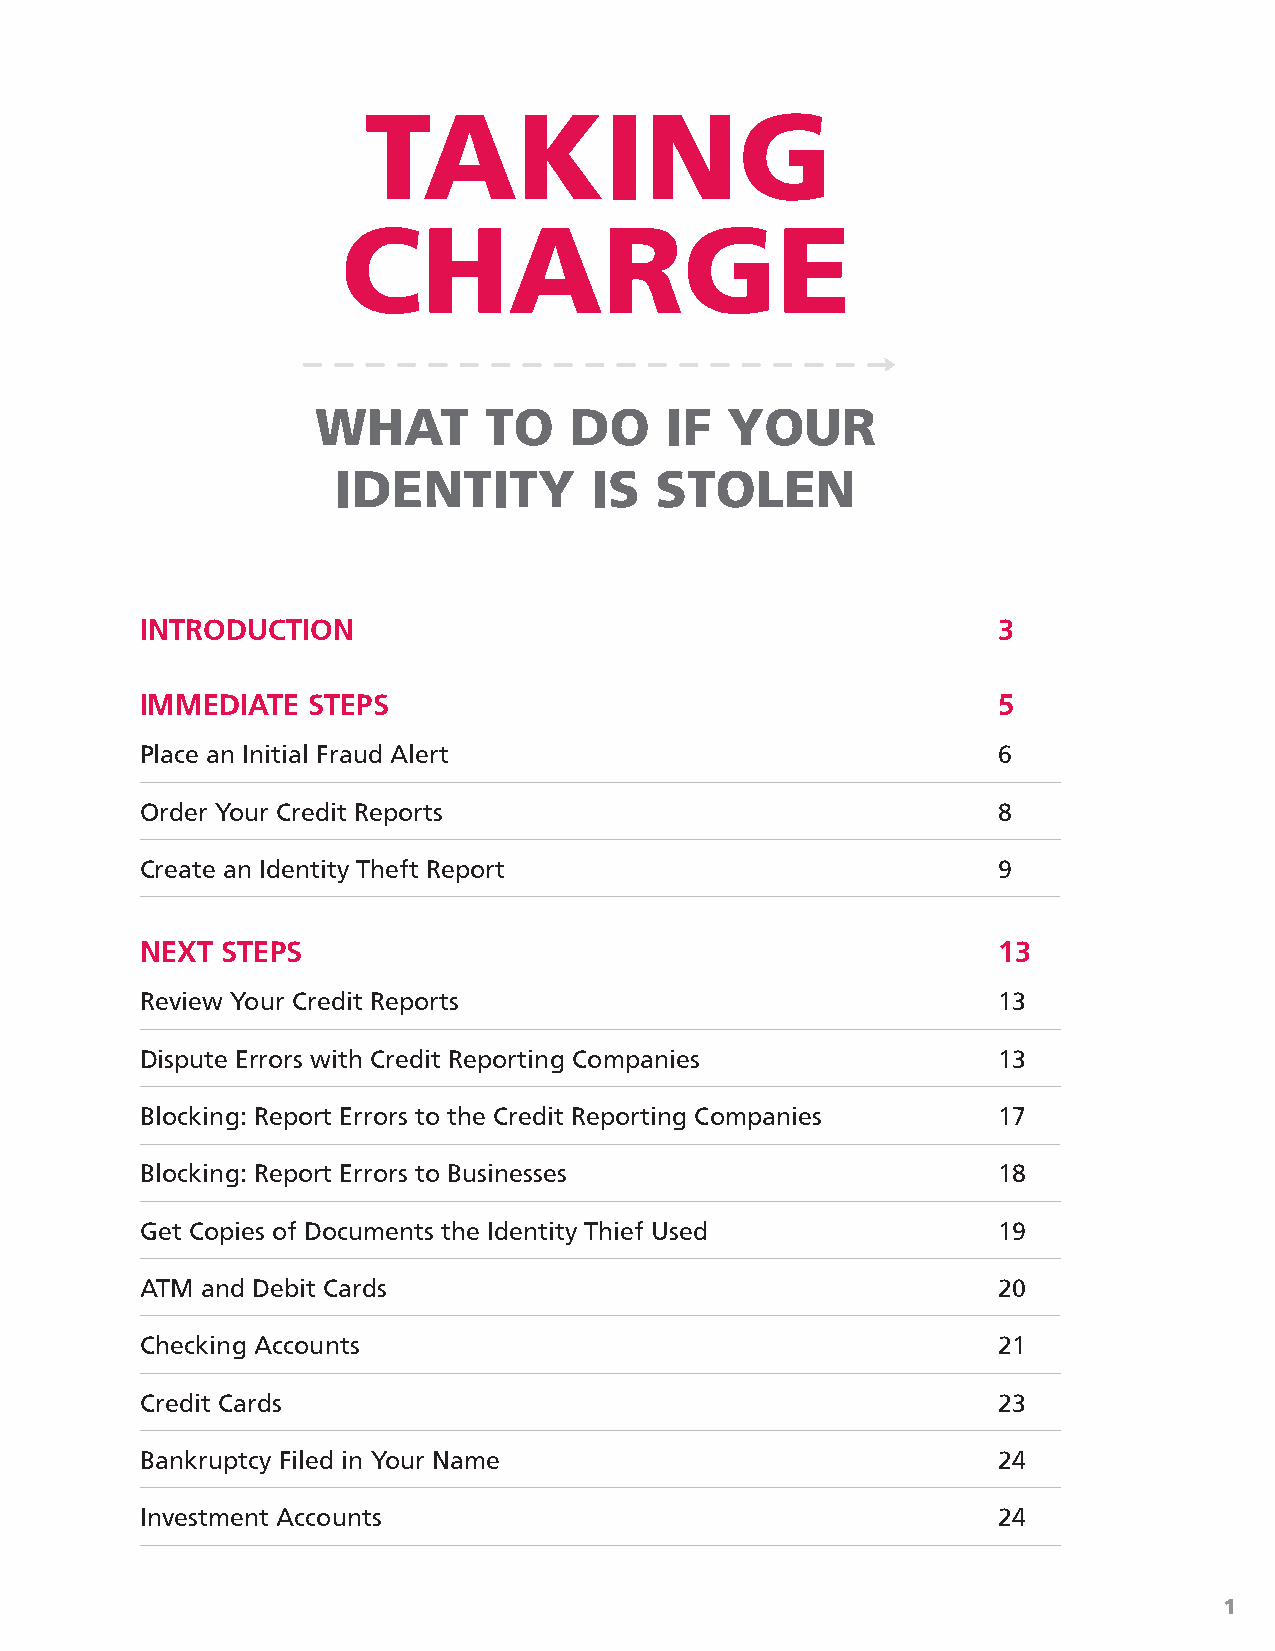
INTRODUCTION                                             3
 IMMEDIATE  STEPS                                         5
 Place an Initial Fraud Alert                             6
 Order Your Credit Reports                                8
 Create an Identity Theft Report                          9
 NEXT  STEPS                                              13
 Review Your Credit Reports                               13
 Dispute Errors with Credit Reporting Companies           13
 Blocking: Report Errors to the Credit Reporting Companies 17
 Blocking: Report Errors to Businesses                    18
 Get Copies of Documents the Identity Thief Used          19
 ATM and Debit Cards                                      20
 Checking Accounts                                        21
 Credit Cards                                             23
 Bankruptcy Filed in Your Name                            24
 Investment Accounts                                      24
 1